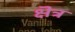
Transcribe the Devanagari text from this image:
क्षॆत्र